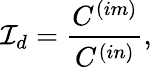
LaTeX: {\cal I}_{d}=\frac{C^{(im)}}{C^{(in)}},